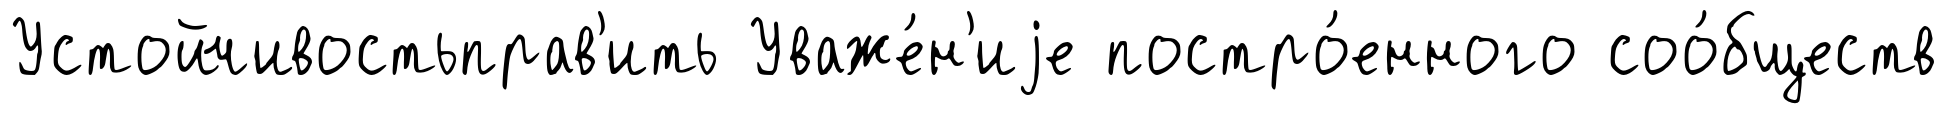
Устойчивостьправ'ить Уваже́н'иjе постро́енного соо́бществ